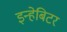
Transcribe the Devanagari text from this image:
इन्हेबिटर